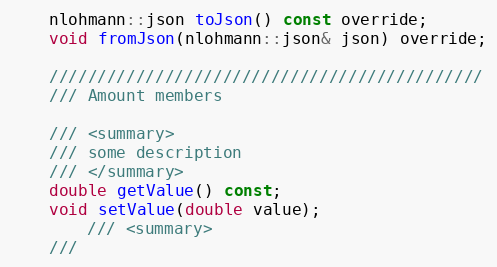
Language: C
    nlohmann::json toJson() const override;
    void fromJson(nlohmann::json& json) override;

    /////////////////////////////////////////////
    /// Amount members

    /// <summary>
    /// some description
    /// </summary>
    double getValue() const;
    void setValue(double value);
        /// <summary>
    ///